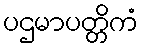
ပဌမာပတ္တိကံ